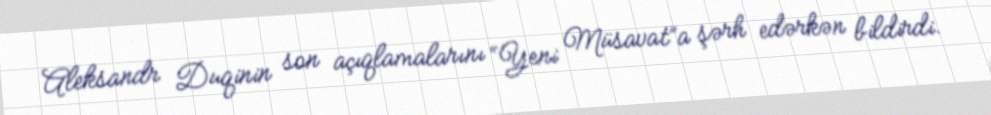
Aleksandr Duqinin son açıqlamalarını “Yeni Müsavat”a şərh edərkən bildirdi.